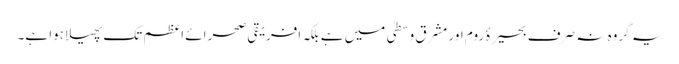
یہ گروہ نہ صرف بحیرۂ روم اور مشرق وسطیٰ میں ہے بلکہ افریقی صحرائے اعظم تک پھیلا ہوا ہے۔